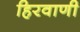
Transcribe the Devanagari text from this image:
हिरवाणी